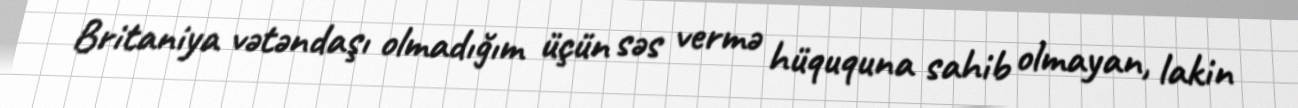
Britaniya vətəndaşı olmadığım üçün səs vermə hüququna sahib olmayan, lakin